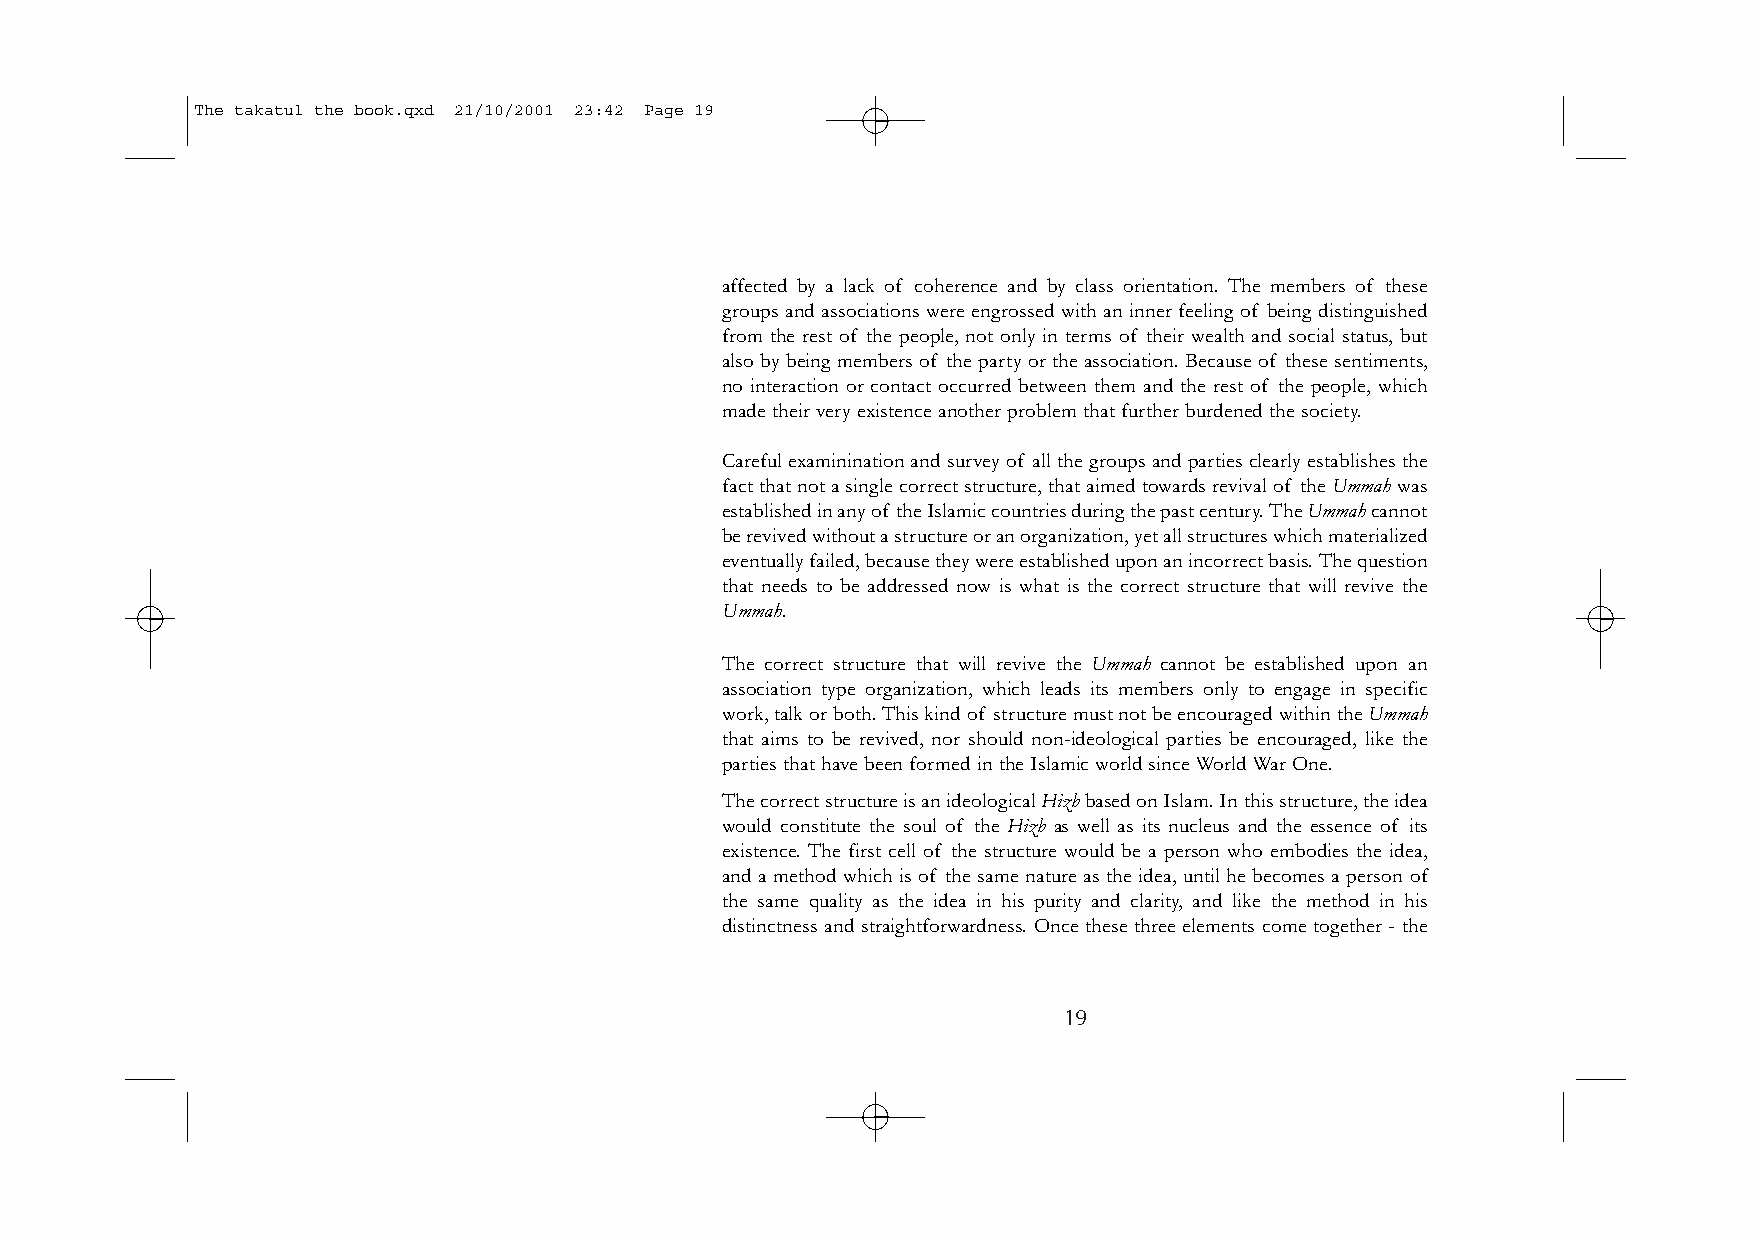
The takatul the book.qxd 21/10/2001 23:42 Page 19
 affected by a lack of coherence and by class orientation. The members of these
 groups and associations were engrossed with an inner feeling of being distinguished
 from the rest of the people, not only in terms of their wealth and social status, but
 also by being members of the party or the association. Because of these sentiments,
 no interaction or contact occurred between them and the rest of the people, which
 made their very existence another problem that further burdened the society.
 Careful examinination and survey of all the groups and parties clearly establishes the
 fact that not a single correct structure, that aimed towards revival of the Ummah was
 established in any of the Islamic countries during the past century.The Ummahcannot
 be revived without a structure or an organization,yet all structures which materialized
 eventually failed,because they were established upon an incorrect basis.The question
 that needs to be addressed now is what is the correct structure that will revive the
 Ummah.
 The correct structure that will revive the Ummah cannot be established upon an
 association type organization, which leads its members only to engage in specific
 work,talk or both.This kind of structure must not be encouraged within the Ummah
 that aims to be revived, nor should non-ideological parties be encouraged, like the
 parties that have been formed in the Islamic world since World War One.
 The correct structure is an ideological Hizbbased on Islam.In this structure,the idea
 would constitute the soul of the Hizb as well as its nucleus and the essence of its
 existence. The first cell of the structure would be a person who embodies the idea,
 and a method which is of the same nature as the idea, until he becomes a person of
 the same quality as the idea in his purity and clarity, and like the method in his
 distinctness and straightforwardness. Once these three elements come together - the
 19